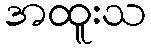
အထူးသ